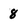
Character: 8